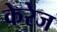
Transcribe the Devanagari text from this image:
केरेज